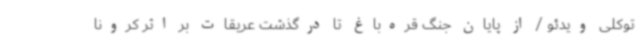
توکلی ویدئو / از پایان جنگ قره‌باغ تا درگذشت عریقات بر اثر کرونا